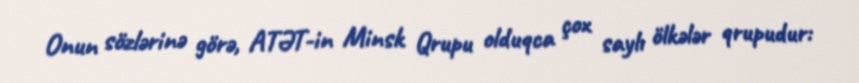
Onun sözlərinə görə, ATƏT-in Minsk Qrupu olduqca çox saylı ölkələr qrupudur: